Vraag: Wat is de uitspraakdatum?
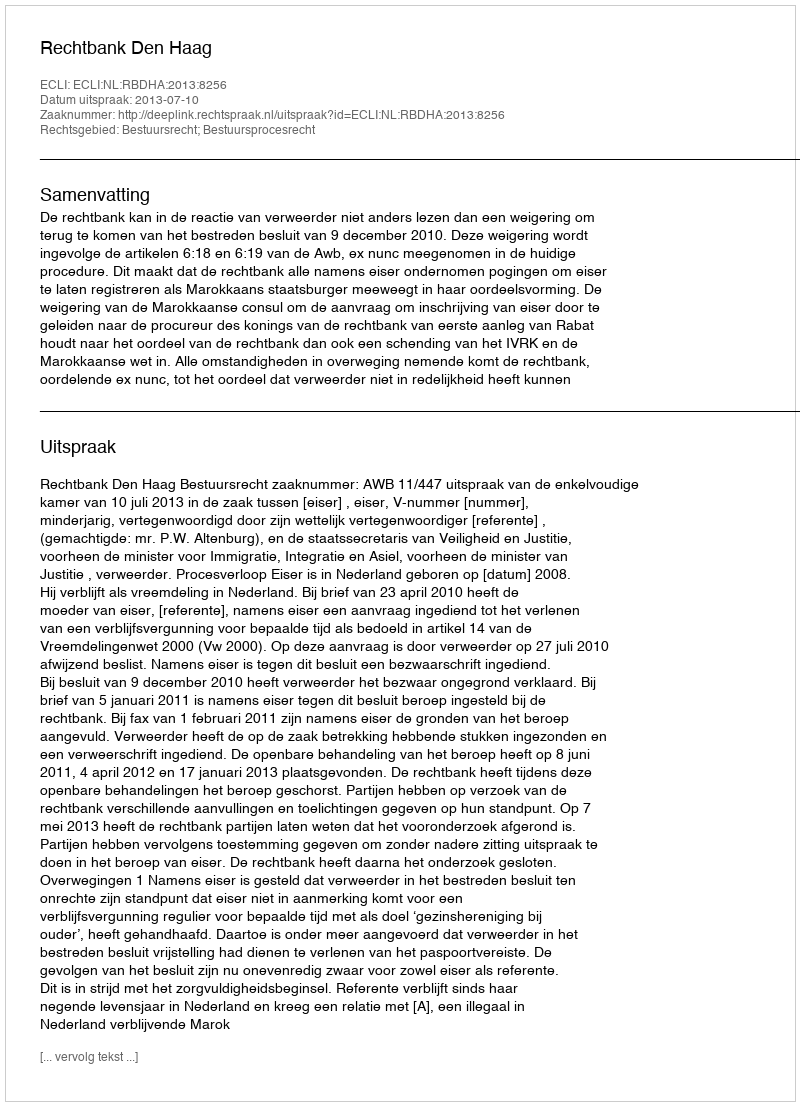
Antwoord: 2013-07-10